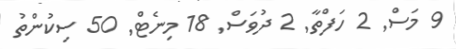
9 މަސް